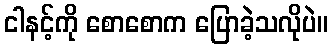
ငါနင့်ကို စောစောက ပြောခဲ့သလိုပဲ။